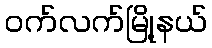
ဝက်လက်မြို့နယ်